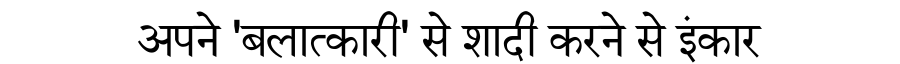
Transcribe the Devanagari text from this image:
अपने 'बलात्कारी' से शादी करने से इंकार